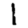
Digit: 1